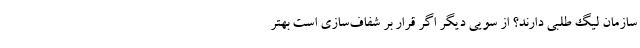
سازمان لیگ طلبی دارند؟ از سویی دیگر اگر قرار بر شفاف‌سازی است بهتر